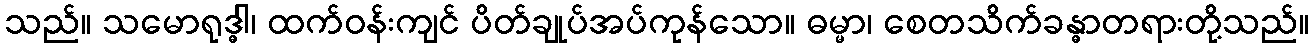
သည်။ သမောရုဒ္ဓါ၊ ထက်ဝန်းကျင် ပိတ်ချုပ်အပ်ကုန်သော။ ဓမ္မာ၊ စေတသိက်ခန္ဓာတရားတို့သည်။